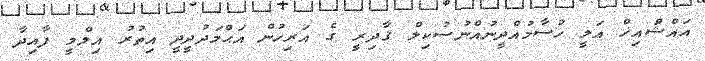
އައްޝަްއިޚް އަލީ ހުސާމުއްދީނުއްނުސުކިލް ޤާދިރީ ގެ އަރިހުން އަޙްމަދުދީދީ އިތުރު އިލްމީ ފާއިދާ